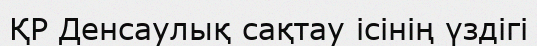
ҚР Денсаулық сақтау ісінің үздігі